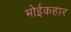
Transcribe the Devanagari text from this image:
भोईकहार